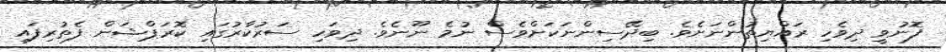
ފޮނުވީ ދިވެހި ރައްޔިތުންނަށެވެ. ބިދޭސިންނަކަށްވެސް ނުމެ ނޫނެވެ. ދިވަހި ސަރުކާރުގައި ކޮރަޕްޝަން ފެތުރިފައި